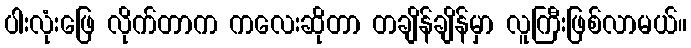
ပါးလုံးဖြေ လိုက်တာက ကလေးဆိုတာ တချိန်ချိန်မှာ လူကြီးဖြစ်လာမယ်။